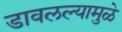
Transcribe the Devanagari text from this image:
डावलल्यामुळे